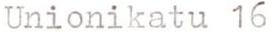
Unionikatu 16